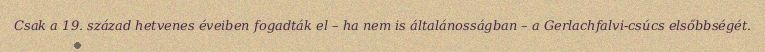
Csak a 19. század hetvenes éveiben fogadták el – ha nem is általánosságban – a Gerlachfalvi-csúcs elsőbbségét.